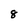
Character: 8